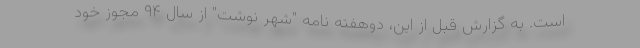
است. به گزارش قبل از این، دوهفته نامه "شهر نوشت" از سال ۹۴ مجوز خود